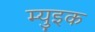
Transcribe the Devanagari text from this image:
म्युइक